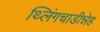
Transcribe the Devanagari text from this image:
थ्लिंगचाडीन्नेह